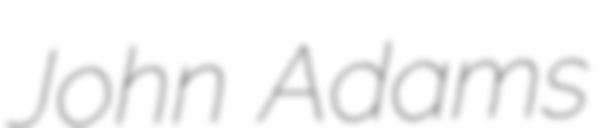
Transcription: John Adams